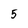
Character: 5